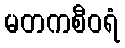
မတကစီဝရံ